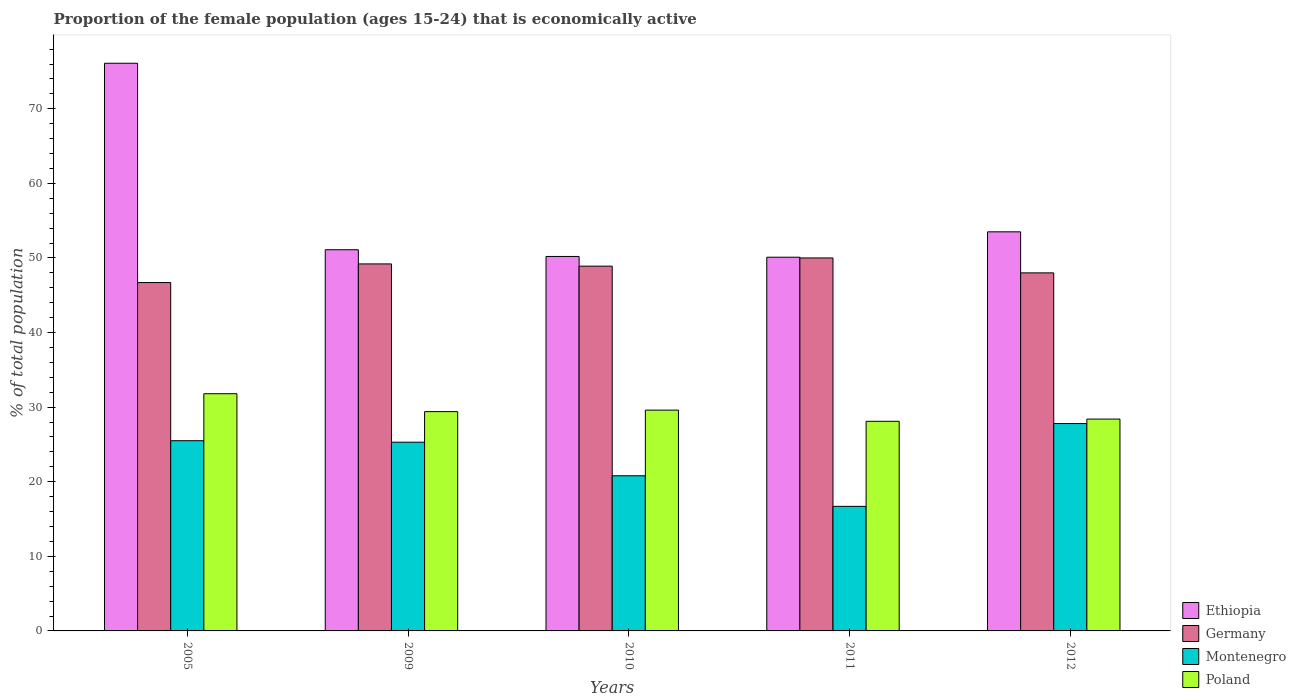
| Years | Ethiopia | Germany | Montenegro | Poland |
 | --- | --- | --- | --- | --- |
 | 2005 | 76.1 | 46.7 | 25.5 | 31.8 |
 | 2009 | 51.1 | 49.2 | 25.3 | 29.4 |
 | 2010 | 50.2 | 48.9 | 20.8 | 29.6 |
 | 2011 | 50.1 | 50 | 16.7 | 28.1 |
 | 2012 | 53.5 | 48 | 27.8 | 28.4 |